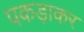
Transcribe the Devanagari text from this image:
पकड़ाकर